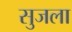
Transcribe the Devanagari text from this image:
सुजला